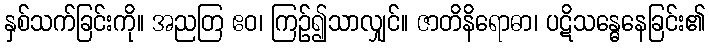
နှစ်သက်ခြင်းကို။ အညတြ ဧဝ၊ ကြဉ်၍သာလျှင်။ ဇာတိနိရောဓာ၊ ပဋိသန္ဓေနေခြင်း၏